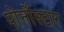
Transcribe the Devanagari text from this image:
पोर्नोस्टार